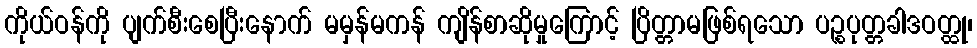
ကိုယ်ဝန်ကို ပျက်စီးစေပြီးနောက် မမှန်မကန် ကျိန်စာဆိုမှုကြောင့် ပြိတ္တာမဖြစ်ရသော ပဉ္စပုတ္တခါဒဝတ္ထု၊